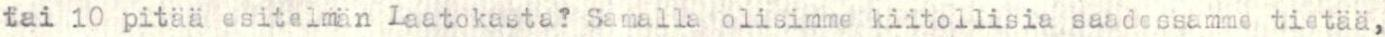
tai 10 pitää esitelmän Laatokasta? Samalla olisimme kiitollisia saadessamme tietää,